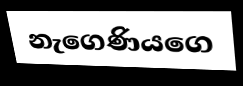
නැගෙණියගෙ